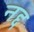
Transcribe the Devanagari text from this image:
नद्द